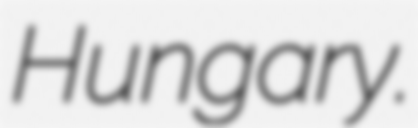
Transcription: Hungary.